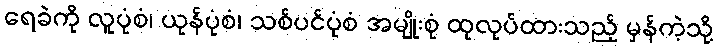
ရေခဲကို လူပုံစံ၊ ယုန်ပုံစံ၊ သစ်ပင်ပုံစံ အမျိုးစုံ ထုလုပ်ထားသည့် မှန်ကဲ့သို့